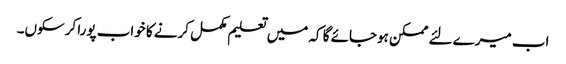
اب میرے لئے ممکن ہوجائے گا کہ میں تعلیم مکمل کرنے کا خواب پورا کرسکوں۔